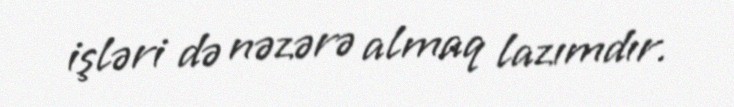
işləri də nəzərə almaq lazımdır.